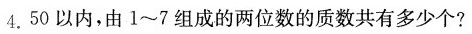
4.50以内，由1~7组成的两位数的质数共有多少个?